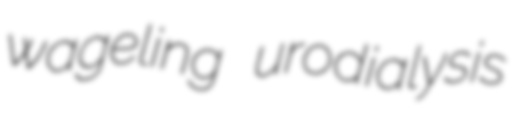
wageling urodialysis